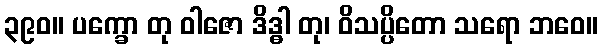
၃၉၀။ ပက္ခော တု ဝါဇော ဒိဒ္ဓါ တု၊ ဝိသပ္ပိတော သရော ဘဝေ။